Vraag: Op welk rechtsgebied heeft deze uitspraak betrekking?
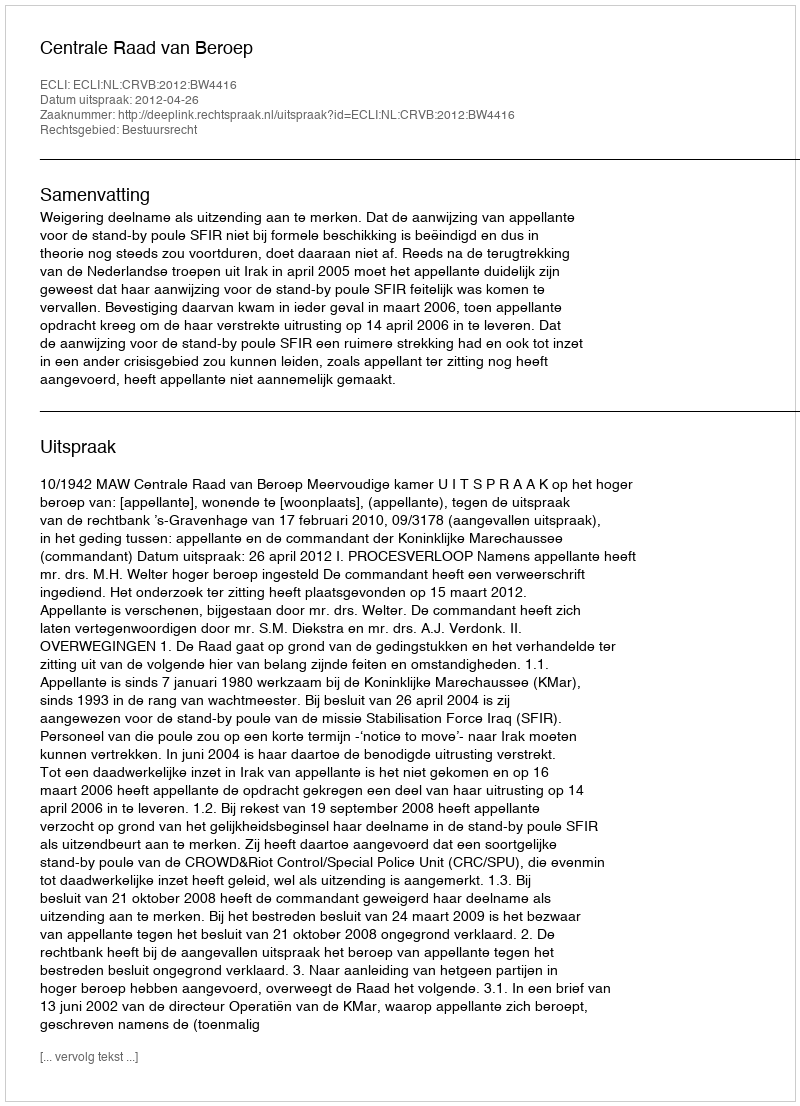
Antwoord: Bestuursrecht